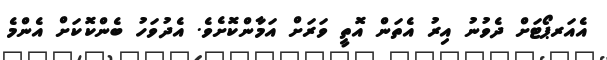
އެއަރޕޯޓަށް ދެވުނު އިރު އެތަން އޮތީ ވަރަށް އަމާންކޮށެވެ. އެދުވަހު ބެންކޮކަށް އެންމެ